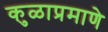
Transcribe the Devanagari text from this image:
कुळाप्रमाणे